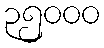
၃၅၀၀၀